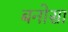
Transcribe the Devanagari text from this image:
बनोसा